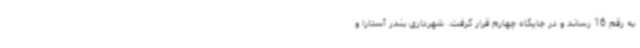
به رقم 16 رساند و در جایگاه چهارم قرار گرفت. شهرداری بندر آستارا و